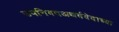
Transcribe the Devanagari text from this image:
उपनिषदअथर्ववेदाच्या